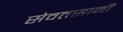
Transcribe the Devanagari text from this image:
सेवतसामी